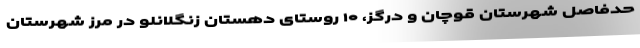
حدفاصل شهرستان قوچان و درگز، ۱۰ روستای دهستان زنگلانلو در مرز شهرستان